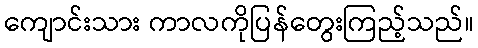
ကျောင်းသား ကာလကိုပြန်တွေးကြည့်သည်။